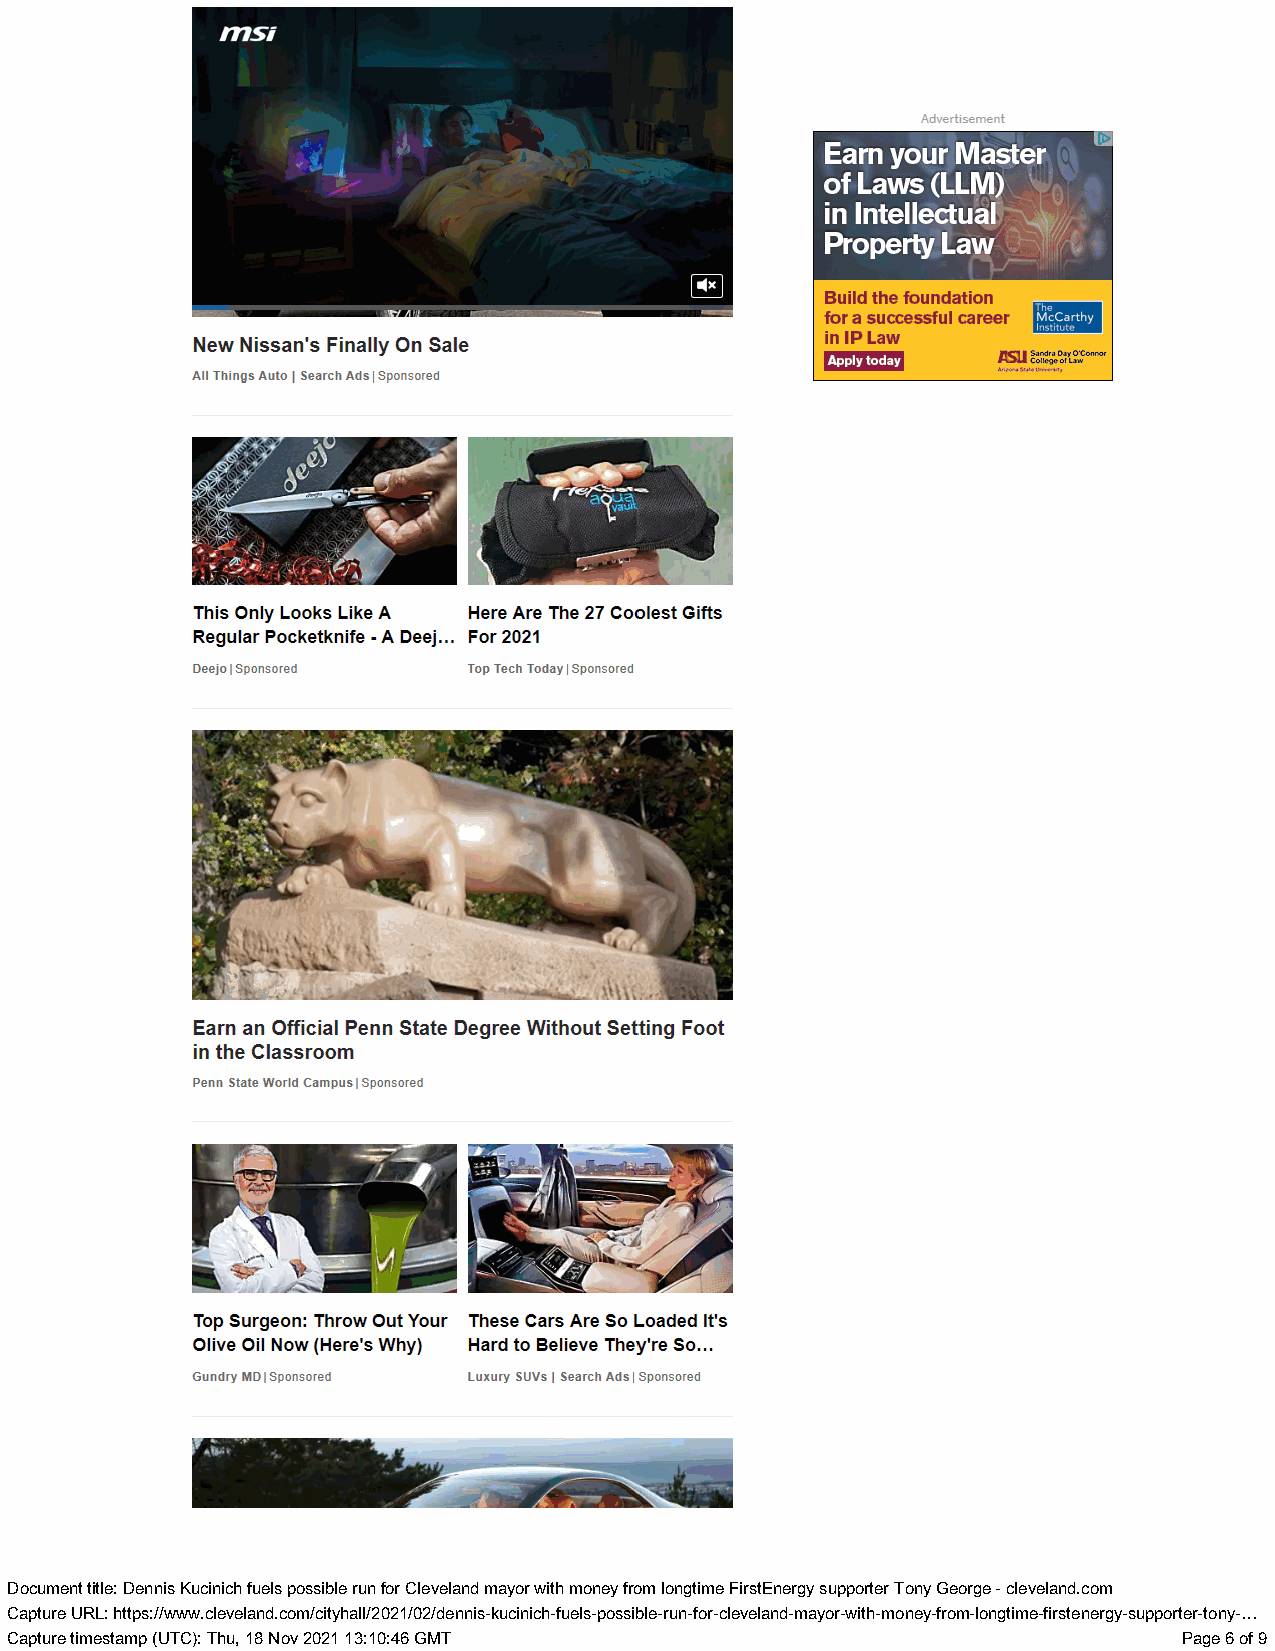
Earn your Master
 Lo} ff EVEN (HEY)
 LANGE   UE] Xx
 PropertyLaw  =
 Build the foundation
 a    :  :           —        for a successful career
 New Nissan's Finally On Sale              in PLaw      Sancta Day O'Connor
 nr
 All Things Auto | Search Ads | Sponsored
 This Only Looks Like A Here Are The 27 Coolest Gifts
 Regular Pocketknife - A Deej... For 2021
 Deejo | Sponsored Top Tech Tod| Saponysor ed
 Earn an Official Penn State Degree Without Setting Foot
 in the Classroom
 Penn State World Campus | Sponsored
 Top Surgeon: Throw Out Your These Cars Are So Loaded It's
 Olive Oil Now (Here's Why) Hard to Believe They're So...
 Gundry MD | Sponsored Luxury SUVs | Search Ads | Sponsored
 DDooccuummenetn t ttiittllee: : DDeennninsis KKu uccininicichh ffuueelsls ppoossssibiblele rruunn ffoorr CClleevveellaann dd mmaayyoro r wwitithh mmoonneey y ffrroomm lloonnggttiimmee FFiirrssttEEnneerrggyy ssuupppporotreter r TToonnyy GGeeoorrggee -- cclleevveellaanndd..ccoomm
 CCaapptuturere UURRL:L : hhttttppss::///w/wwwww..cclleevveellaanndd..ccoomm/c/ictityyhhaallll//22002211//0022//ddeennninsis-k-kuucicninicichh--ffuueellss--ppoossssiibbllee--rruunn--ffoorr--cclleevveellaanndd--mmaayyoro-rw-witithh--mmonoenye-fyr-ofrmo-mlo-nlogtnigmteim-fei-rfsirtsetneenregryg-ysu-spupoprptoerrt-etro-ntoyn-.y.-.…
 CCaapptuturere ttiimmeessttaammpp ((UUTTCC):) : TThhu,u , 1188 NNoovv 2200221 1 1133::1100::4466 GGMMTT PPaaggee 66 ooff 99